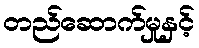
တည်ဆောက်မှုနှင့်